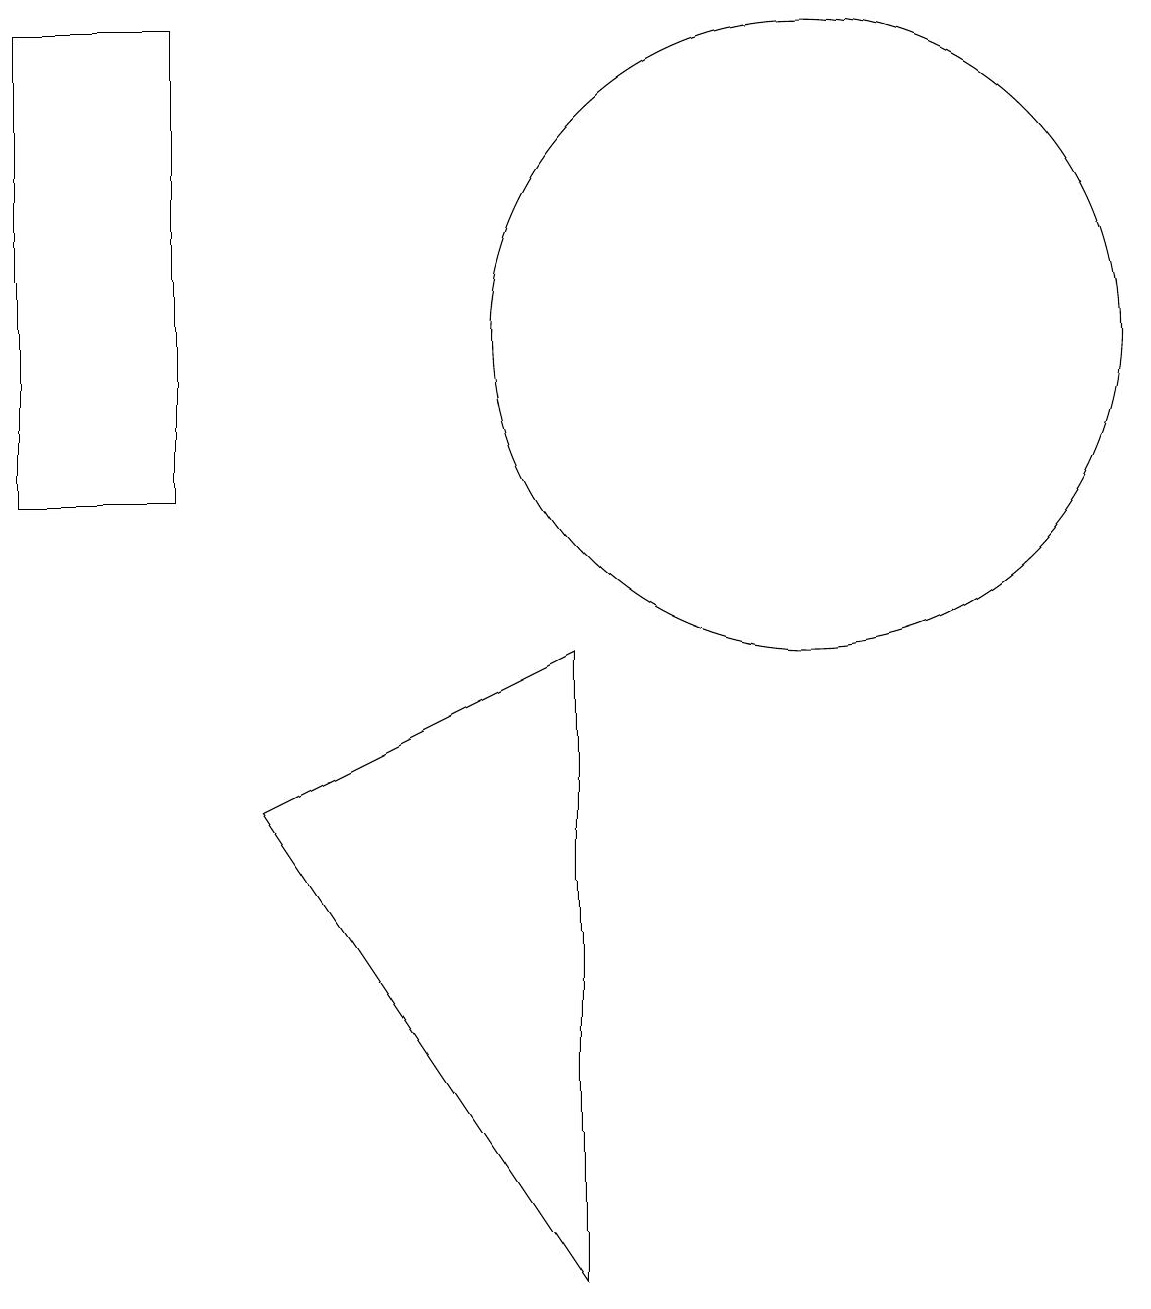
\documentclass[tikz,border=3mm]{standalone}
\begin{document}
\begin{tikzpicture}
\draw (0,16) rectangle (2,10);
\draw (3,6) -- (7,0) -- (7,8) -- cycle;
\draw (10,12) circle (4);
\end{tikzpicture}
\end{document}